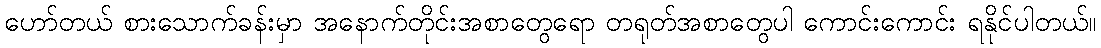
ဟော်တယ် စားသောက်ခန်းမှာ အနောက်တိုင်းအစာတွေရော တရုတ်အစာတွေပါ ကောင်းကောင်း ရနိုင်ပါတယ်။